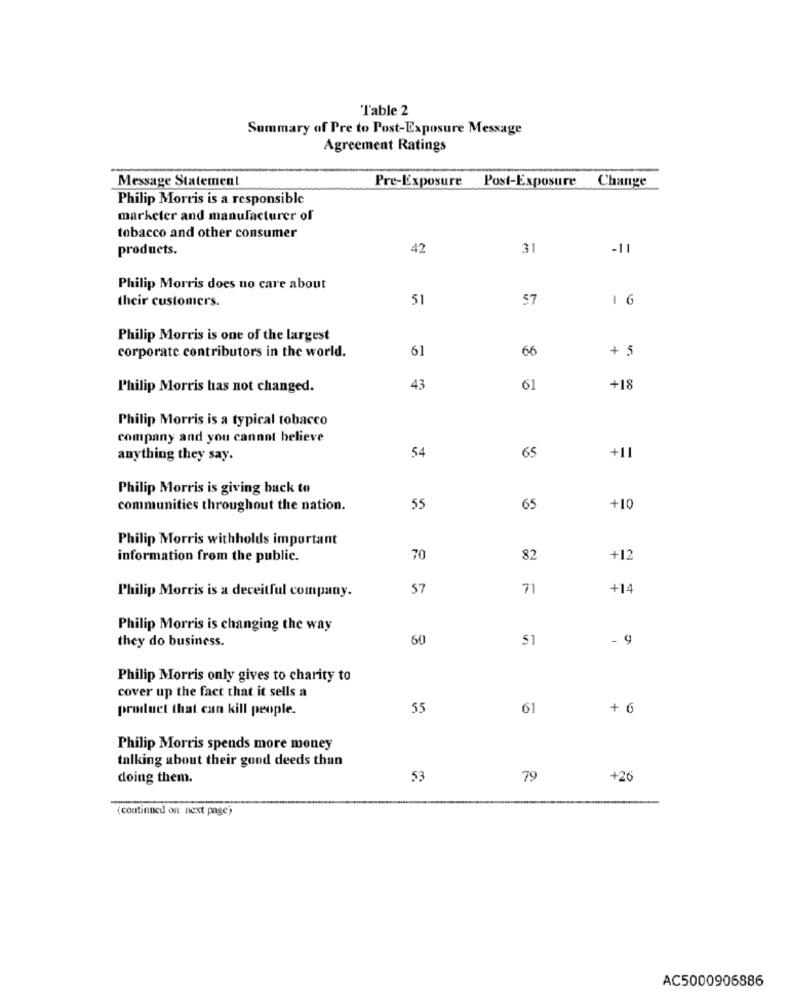
Table 2
Summary of Pre to Post-Exposure Message
Agreement Ratings
Message Statement
Pre-Exposure Post-Exposure Change
Philip Morris is a responsible
marketer and manufacturer of
tobacco and other consumer
products.
42
31
-11
Philip Morris does no care about
their customers.
51
57
1 6
Philip Morris is one of the largest
corporate contributors in the world.
61
66
+ 5
Philip Morris has not changed.
43
61
+18
Philip Morris is a typical tobacco
company and you cannot believe
54
+11
anything they say.
65
Philip Morris is giving back to
communities throughout the nation.
55
65
+10
Philip Morris withholds important
information from the public.
70
82
+12
57
71
+14
Philip Morris is a deceitful company.
Philip Morris is changing the way
they do business.
60
51
- 9
Philip Morris only gives to charity to
cover up the fact that it sells a
product that can kill people.
55
61
+ 6
Philip Morris spends more money
talking about their good deeds thun
doing them.
53
79
+26
(continued on next page)
AC5000906886